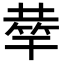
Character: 𥮌